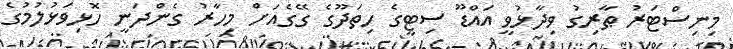
މިނިސްޓަރު ޠާރިގު ވިދާޅުވީ އައްޑޫ ސިޓީގެ ހިތަދޫގެ ގޭގެއަށް މިހާރު ގެންދަނީ ހޮޅިވަޅުލުމުގެ